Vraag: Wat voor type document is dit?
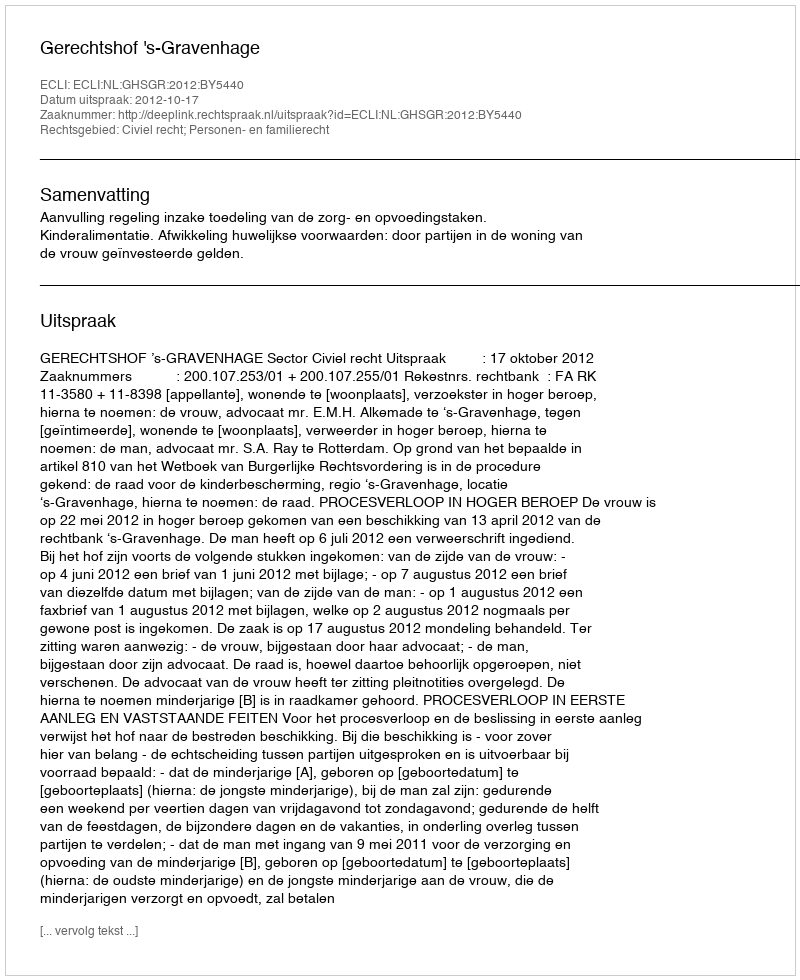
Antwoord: Uitspraak